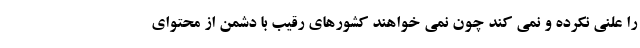
را علنی نکرده و نمی کند چون نمی خواهند کشورهای رقیب با دشمن از محتوای